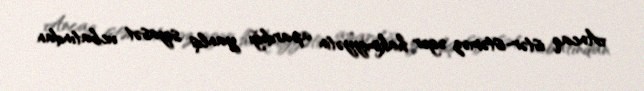
Ancaq istər-istəməz əgər hakimiyyətin apardığı yanlış siyasət ucbatından